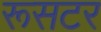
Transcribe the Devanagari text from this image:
रूसटर